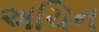
અચિન